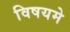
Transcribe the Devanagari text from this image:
विषयमे